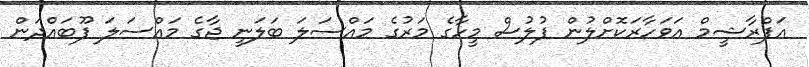
އަފްރާޝީމް އަވަހާރަކޮށްލުން ފުލުސް މީހާގެ މަރުގެ މައްސަލަ ބަލަނީ ޖާގެ މައްސަލަ ފޫބައްދަން